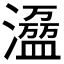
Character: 𰝝